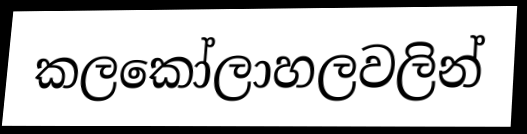
කලකෝලාහලවලින්